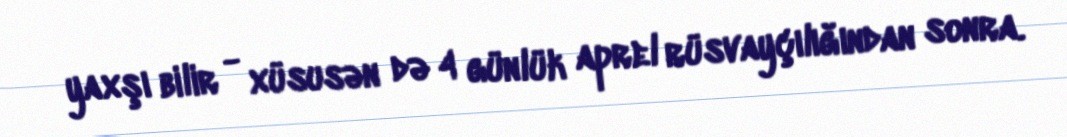
yaxşı bilir - xüsusən də 4 günlük aprel rüsvayçılığından sonra.